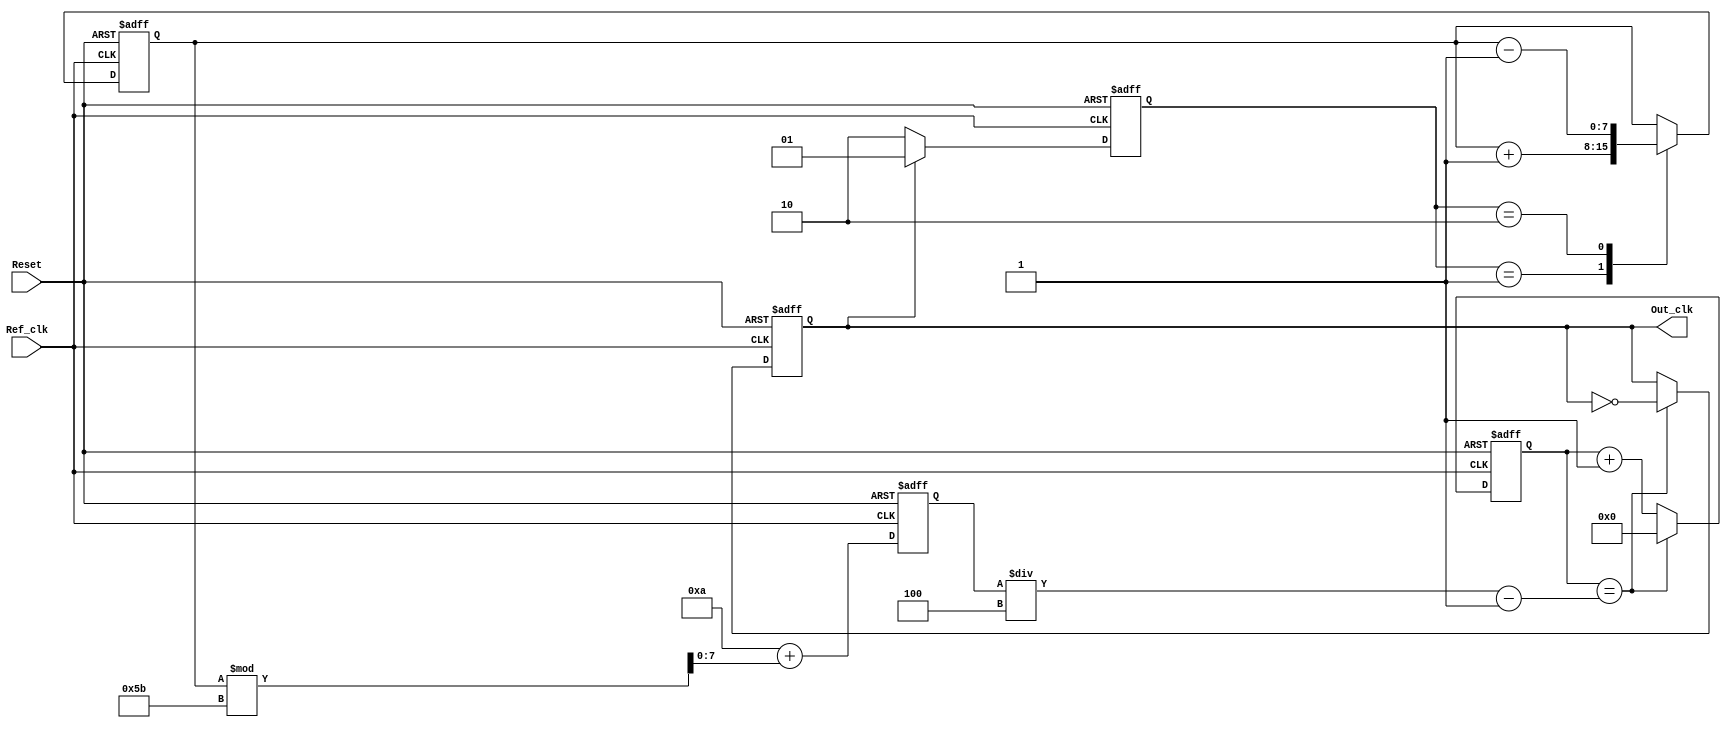
module PLL (
    input wire Ref_clk,          // Reference clock input
    input wire Reset,            // Asynchronous reset
    output reg Out_clk           // Output clock
);

    // Parameters
    parameter DIV_FACTOR = 4;    // Division factor for output clock
    parameter VCO_MAX_FREQ = 100; // Maximum frequency of VCO
    parameter VCO_MIN_FREQ = 10;  // Minimum frequency of VCO

    // Internal signals
    reg [1:0] phase_error;        // Phase error signal
    reg [7:0] control_voltage;     // Control voltage for VCO
    reg [7:0] vco_output;          // VCO output frequency
    reg [7:0] counter;             // Counter for output division

    // Phase Detector
    always @(posedge Ref_clk or posedge Reset) begin
        if (Reset) begin
            phase_error <= 2'b00;
        end else begin
            // Simple phase detection logic
            if (Out_clk) begin
                phase_error <= 2'b01; // Out_clk is leading
            end else begin
                phase_error <= 2'b10; // Out_clk is lagging
            end
        end
    end

    // Loop Filter (Simple first-order)
    always @(posedge Ref_clk or posedge Reset) begin
        if (Reset) begin
            control_voltage <= 8'd0;
        end else begin
            case (phase_error)
                2'b01: control_voltage <= control_voltage + 1; // Increase voltage
                2'b10: control_voltage <= control_voltage - 1; // Decrease voltage
                default: control_voltage <= control_voltage;    // No change
            endcase
        end
    end

    // Voltage-Controlled Oscillator (VCO)
    always @(posedge Ref_clk or posedge Reset) begin
        if (Reset) begin
            vco_output <= VCO_MIN_FREQ; // Start at minimum frequency
        end else begin
            // Control VCO frequency based on control voltage
            vco_output <= VCO_MIN_FREQ + control_voltage % (VCO_MAX_FREQ - VCO_MIN_FREQ + 1);
        end
    end

    // Output Divider
    always @(posedge Ref_clk or posedge Reset) begin
        if (Reset) begin
            counter <= 8'd0;
            Out_clk <= 1'b0;
        end else begin
            if (counter == (vco_output / DIV_FACTOR) - 1) begin
                Out_clk <= ~Out_clk; // Toggle output clock
                counter <= 8'd0;     // Reset counter
            end else begin
                counter <= counter + 1; // Increment counter
            end
        end
    end

endmodule